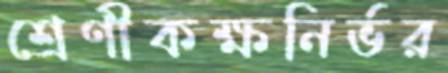
শ্রেণীকক্ষনির্ভর